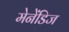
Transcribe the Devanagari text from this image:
मेनेंडिज